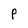
Character: P